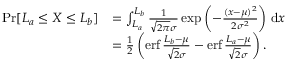
{ \begin{array} { r l } { \operatorname* { P r } [ L _ { a } \leq X \leq L _ { b } ] } & { = \int _ { L _ { a } } ^ { L _ { b } } { \frac { 1 } { { \sqrt { 2 \pi } } \sigma } } \exp \left( - { \frac { ( x - \mu ) ^ { 2 } } { 2 \sigma ^ { 2 } } } \right) \, \mathrm { d } x } \\ & { = { \frac { 1 } { 2 } } \left( \operatorname { e r f } { \frac { L _ { b } - \mu } { { \sqrt { 2 } } \sigma } } - \operatorname { e r f } { \frac { L _ { a } - \mu } { { \sqrt { 2 } } \sigma } } \right) . } \end{array} }